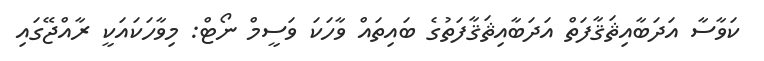
ކަވާސާ އަދަބާއިޘަޤާފަތް އަދަބާއިޘަޤާފަތުގެ ބައިތައް ވާހަކަ ވަސީމް ނޯޓް: މިވާހަކައަކީ ރާއްޖޭގައި